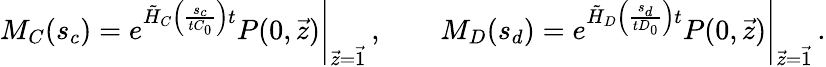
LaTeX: M_{C}(s_{c})=\left.e^{\tilde{H}_{C}\left(\frac{s_{c}}{tC_{0}}\right)t}P(0,\vec{z})\right|_{\vec{z}=\vec{1}}\, ,\qquad M_{D}(s_{d})=\left.e^{\tilde{H}_{D}\left(\frac{s_{d}}{tD_{0}}\right)t}P(0,\vec{z})\right|_{\vec{z}=\vec{1}}\, .